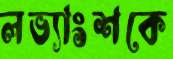
লভ্যাংশকে